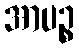
အာပဉ္စ